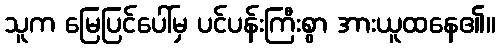
သူက မြေပြင်ပေါ်မှ ပင်ပန်းကြီးစွာ အားယူထနေ၏။